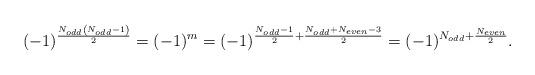
LaTeX: \begin{align*}(-1)^{\frac{N_{odd}\left(N_{odd}-1\right)}{2}}=(-1)^m=(-1)^{\frac{N_{odd}-1}{2}+\frac{N_{odd}+N_{even}-3}{2}}=(-1)^{N_{odd}+\frac{N_{even}}{2}}.\end{align*}